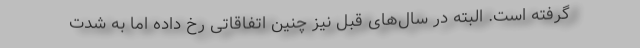
گرفته است. البته در سال‌های قبل نیز چنین اتفاقاتی رخ داده اما به شدت